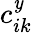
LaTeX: c_{ik}^{\mathit{y}}